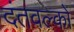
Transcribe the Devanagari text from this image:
दंतवल्कों